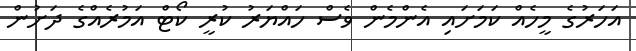
އަހަރުގެ މީހެއް ކަމަށައި އެންމެން ވެސް ހައްޔަރު ކުރީ ކޯޓް އަމުރެއްގެ ދަށުން